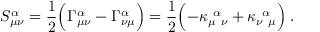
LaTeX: S _ { \mu \nu } ^ { \alpha } = { \frac { 1 } { 2 } } \Bigl ( \Gamma _ { \mu \nu } ^ { \alpha } - \Gamma _ { \nu \mu } ^ { \alpha } \Bigr ) = { \frac { 1 } { 2 } } \Bigl ( - \kappa _ { \mu ~ \nu } ^ { ~ \alpha } + \kappa _ { \nu ~ \mu } ^ { ~ \alpha } \Bigr ) \; .